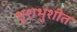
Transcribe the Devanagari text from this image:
भुशभुशीत